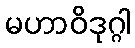
မဟာဝိဒုဂ္ဂါ